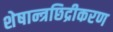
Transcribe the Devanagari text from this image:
शेषान्त्रछिद्रीकरण